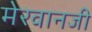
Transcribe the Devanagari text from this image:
मेरवानजी